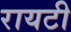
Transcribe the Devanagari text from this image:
रायटी